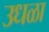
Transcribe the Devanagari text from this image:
उधळा